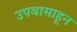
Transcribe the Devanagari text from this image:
उपवासाहून